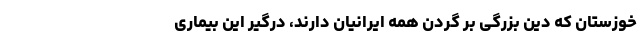
خوزستان که دین بزرگی بر گردن همه ایرانیان دارند، درگیر این بیماری